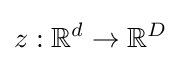
z:\mathbb {R} ^{d}\to \mathbb {R} ^{D}